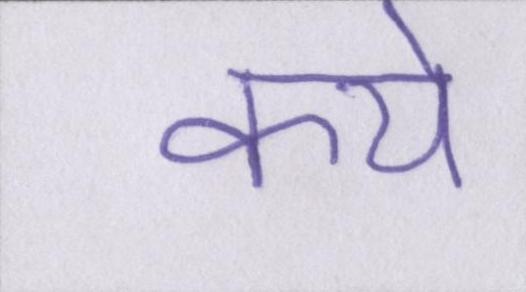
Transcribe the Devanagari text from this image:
केये